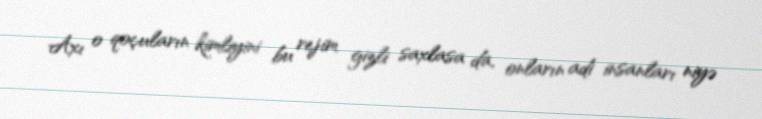
Axı o qoçuların kimliyini bu rejim gizli saxlasa da, onların adi insanları niyə